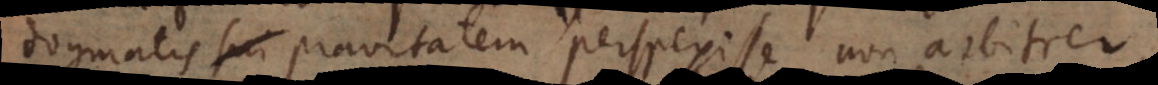
dogmatis sui pravitatem perspexisse non arbitrer.